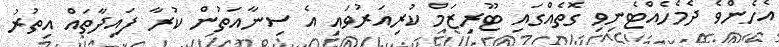
އެހެންވެ ދެމެހެއްޓެނިވި ގޮތެއްގައި ޓޫރިޒަމް ކުރިއަރުވައި އެ ސިނާއަތުން ކުރާ ފައިދާތައް އިތުރު